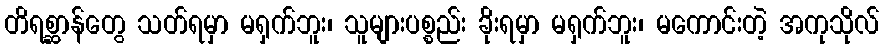
တိရစ္ဆာန်တွေ သတ်ရမှာ မရှက်ဘူး၊ သူများပစ္စည်း ခိုးရမှာ မရှက်ဘူး၊ မကောင်းတဲ့ အကုသိုလ်